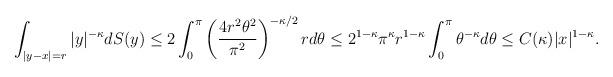
LaTeX: \begin{align*} \int_{|y-x|=r} |y|^{-\kappa} dS(y) \leq 2 \int_0^\pi \left(\frac{4 r^2 \theta^2}{\pi^2}\right)^{-\kappa/2} r d\theta \leq 2^{1-\kappa} \pi^{\kappa} r^{1-\kappa} \int_0^\pi \theta^{-\kappa} d \theta \leq C(\kappa) |x|^{1-\kappa}.\end{align*}